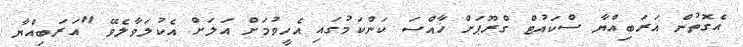
އެގޮތުން އަރަބިއްޔާ ސްކައުޓް ގްރޫޕަށް ޚާއްސަ ކަންކަމުގައި އެހީވުމަށް އަލަށް އެކުލަވާލެވޭ "އަރަބިއްޔާ